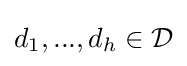
d_{1},...,d_{h}\in {\mathcal {D}}